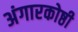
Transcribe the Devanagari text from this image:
अंगारकोष्ठी